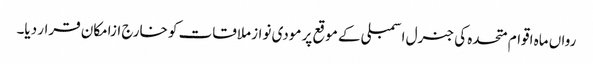
رواں ماہ اقوام متحدہ کی جنرل اسمبلی کے موقع پر مودی نواز ملاقات کو خارج ازامکان قرار دیا۔